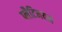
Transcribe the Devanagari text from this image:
प्लैटिनयम